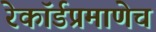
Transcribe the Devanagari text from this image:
रेकॉर्डप्रमाणेच